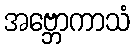
အဗ္ဘောကာသံ